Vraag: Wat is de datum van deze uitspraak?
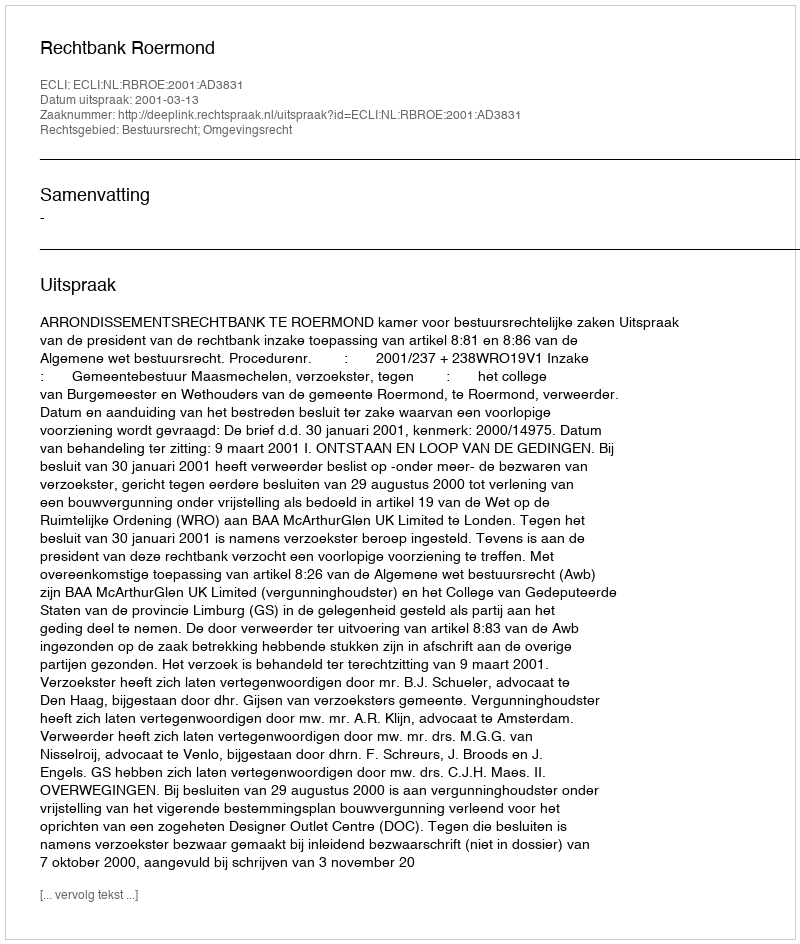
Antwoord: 2001-03-13